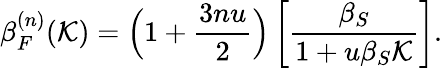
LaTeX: \beta_{F}^{(n)}(\mathcal{K})=\Big(1+\frac{3nu}{2}\Big)\left[\frac{\beta_{S}}{1+u\beta_{S}\mathcal{K}}\right].